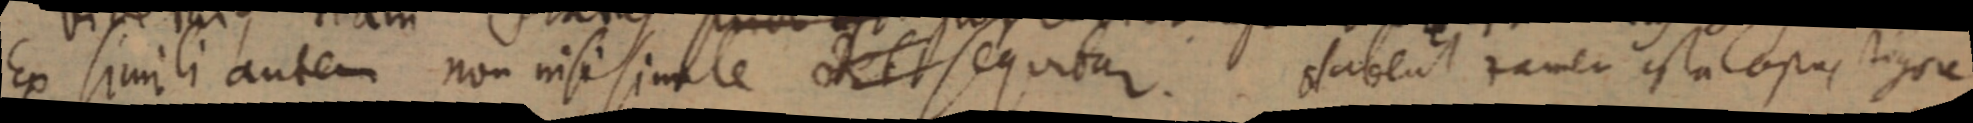
Ex simili autem non nisi simile et sequitar. Habent tamen ita opus _gore